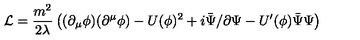
{ \cal L } = \frac { m ^ { 2 } } { 2 \lambda } \left( ( \partial _ { \mu } \phi ) ( \partial ^ { \mu } \phi ) - U ( \phi ) ^ { 2 } + i \bar { \Psi } \slash \partial \Psi - U ^ { \prime } ( \phi ) \bar { \Psi } \Psi \right)